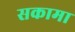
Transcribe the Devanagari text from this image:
सकामा